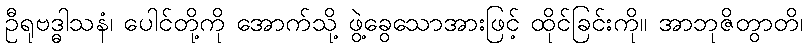
ဦရုဗဒ္ဓါသနံ၊ ပေါင်တို့ကို အောက်သို့ ဖွဲ့ခွေသောအားဖြင့် ထိုင်ခြင်းကို။ အာဘုဇိတွာတိ၊